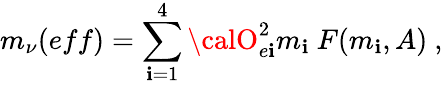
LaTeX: m_{\nu}(eff)=\sum_{\mathbf{i}=1}^{4}{\calO}_{e\mathbf{i}}^{2}m_{\mathbf{i}}~F(m_{\mathbf{i}},A)\ ,